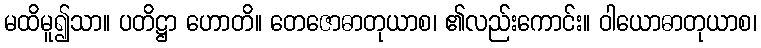
မထိမူ၍သာ။ ပတိဋ္ဌာ ဟောတိ။ တေဇောဓာတုယာစ၊ ၏လည်းကောင်း။ ဝါယောဓာတုယာစ၊